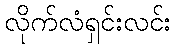
လိုက်လံရှင်းလင်း